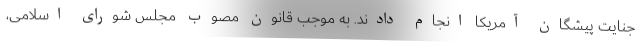
جنایت پیشگان آمریکا انجام دادند. به موجب قانون مصوب مجلس شورای اسلامی،